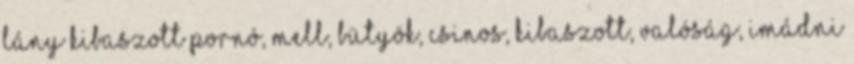
lány kibaszott pornó, mell, bütyök, csinos, kibaszott, valóság, imádni